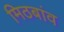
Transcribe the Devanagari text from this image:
मिठबांव